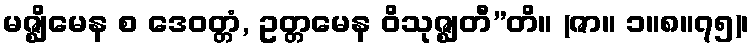
မဇ္ဈိမေန စ ဒေဝတ္တံ, ဥတ္တမေန ဝိသုဇ္ဈတီ”တိ။ (ဇာ။ ၁။၈။၇၅)၊